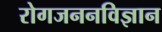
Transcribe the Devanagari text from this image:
रोगजननविज्ञान